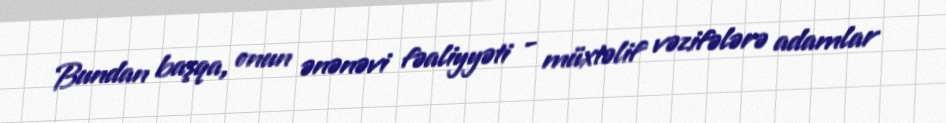
Bundan başqa, onun ənənəvi fəaliyyəti - müxtəlif vəzifələrə adamlar